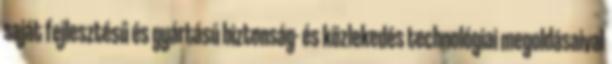
saját fejlesztésű és gyártású biztonság- és közlekedés technológiai megoldásaival